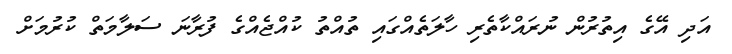
އަދި އޭގެ އިތުރުން ނުރައްކާތެރި ހާލަތެއްގައި ތުއްތު ކުއްޖެއްގެ ފުރާނަ ސަލާމަތް ކުރުމަށް